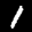
Label: 1